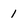
Character: 1